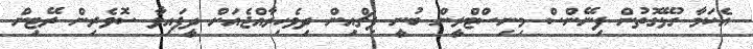
އެކަމާ ގުޅޭގޮތުން ފިނޭންސް މިނިސްޓްރީން ބުނީ ފިޗްއިން ދިވެހިރާއްޖެއަށް ދީފައިވާ ސޮވެރިން ރޭޓިން